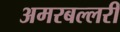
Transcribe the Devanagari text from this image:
अमरबल्लरी